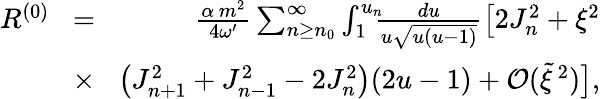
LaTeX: \begin{array}{rlr}{R^{(0)}\! }&{=}&{\! \frac{\alpha\, m^{2}}{4\omega^{\prime}}\sum_{n\geq n_{0}}^{\infty}\int_{1}^{u_{n}}\! \! \! \frac{du}{u\sqrt{u(u-1)}}\big[2J_{n}^{2}+\xi^{2}}\\ &{\times}&{\! \big(J_{n+1}^{2}+J_{n-1}^{2}-2J_{n}^{2}\big)(2u-1)+\mathcal{O}(\tilde{\xi}^{\, 2})\big],}\end{array}